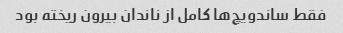
فقط ساندویچ‌ها کامل از ناندان بیرون ریخته بود